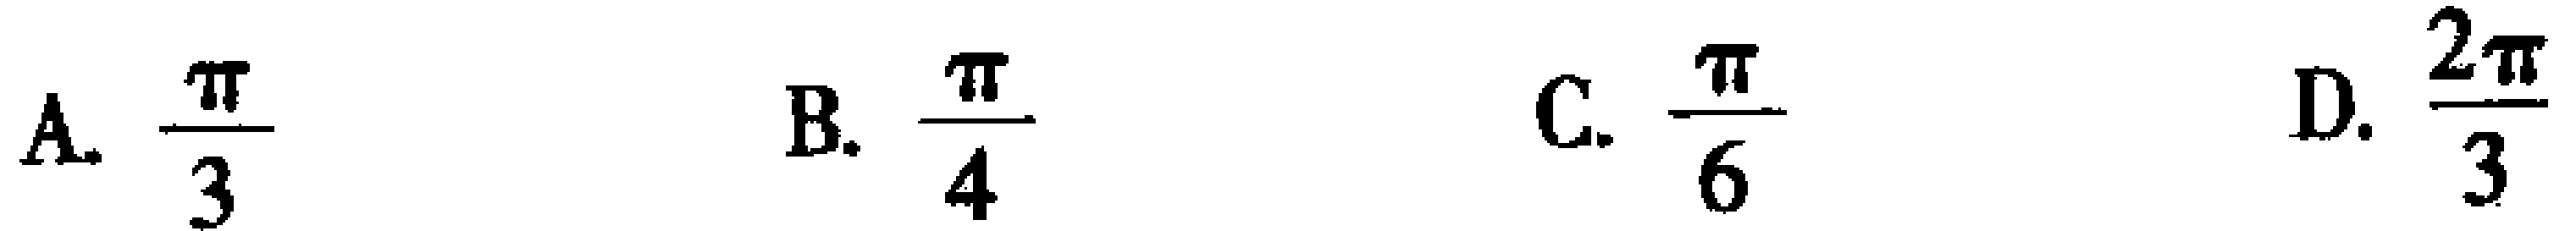
A. $\frac{\pi}{3}$  B. $\frac{\pi}{4}$  C. $\frac{\pi}{6}$  D. $\frac{2\pi}{3}$